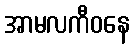
အာမလကီဝနေ